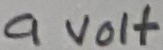
Text: 9 Volt